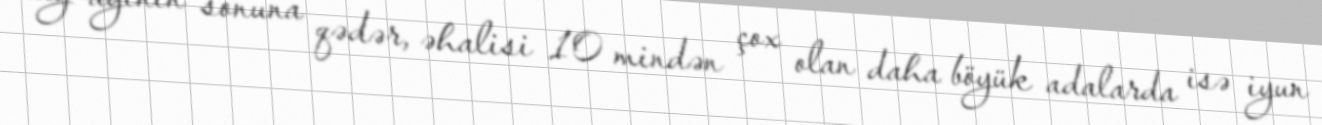
may ayının sonuna qədər, əhalisi 10 mindən çox olan daha böyük adalarda isə iyun